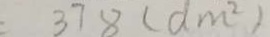
3 7 8 ( d m ^ { 2 } )